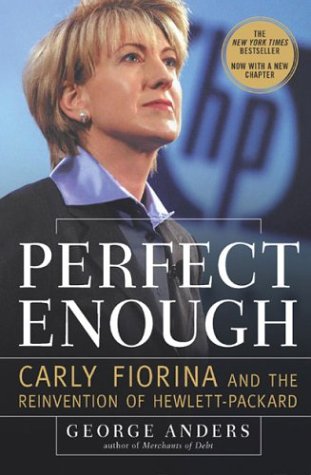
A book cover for Perfect Enough: Carly Fiorina and the Reinvention of Hewlett-Packard; George Anders; Computers & Technology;